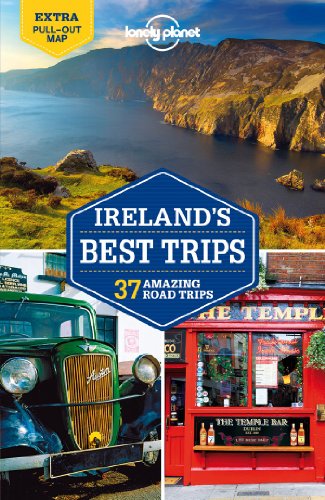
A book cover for Lonely Planet Ireland's Best Trips (Travel Guide); Lonely Planet; Travel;